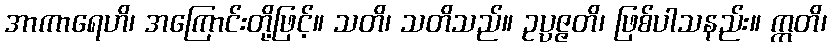
အာကာရေဟိ၊ အကြောင်းတို့ဖြင့်။ သတိ၊ သတိသည်။ ဥပ္ပဇ္ဇတိ၊ ဖြစ်ပါသနည်း။ ဣတိ၊